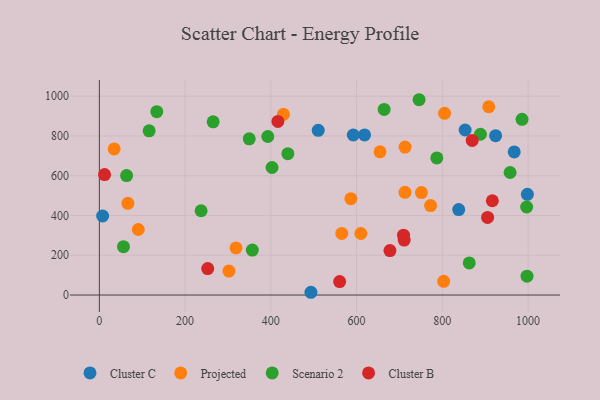
{"axis": {"x": "Engine Size", "y": "Yield"}, "legend": ["Cluster B", "Cluster C", "Projected", "Scenario 2"], "data": [{"x": "967.7", "y": 719.8, "type": "Cluster C"}, {"x": "838.2", "y": 429.6, "type": "Cluster C"}, {"x": "618.6", "y": 805.3, "type": "Cluster C"}, {"x": "7.6", "y": 397.4, "type": "Cluster C"}, {"x": "998.4", "y": 506.7, "type": "Cluster C"}, {"x": "493.5", "y": 13.8, "type": "Cluster C"}, {"x": "853.2", "y": 830.0, "type": "Cluster C"}, {"x": "510.5", "y": 828.5, "type": "Cluster C"}, {"x": "592.3", "y": 804.9, "type": "Cluster C"}, {"x": "924.3", "y": 801.5, "type": "Cluster C"}, {"x": "803.2", "y": 68.8, "type": "Projected"}, {"x": "34.5", "y": 735.0, "type": "Projected"}, {"x": "302.3", "y": 120.4, "type": "Projected"}, {"x": "318.7", "y": 236.9, "type": "Projected"}, {"x": "565.5", "y": 309.7, "type": "Projected"}, {"x": "712.9", "y": 516.5, "type": "Projected"}, {"x": "805.3", "y": 914.0, "type": "Projected"}, {"x": "66.5", "y": 461.1, "type": "Projected"}, {"x": "90.8", "y": 329.5, "type": "Projected"}, {"x": "654.7", "y": 720.5, "type": "Projected"}, {"x": "772.6", "y": 450.0, "type": "Projected"}, {"x": "908.3", "y": 947.1, "type": "Projected"}, {"x": "751.3", "y": 515.1, "type": "Projected"}, {"x": "429.4", "y": 909.2, "type": "Projected"}, {"x": "586.7", "y": 484.5, "type": "Projected"}, {"x": "713.1", "y": 744.4, "type": "Projected"}, {"x": "610.0", "y": 309.5, "type": "Projected"}, {"x": "997.6", "y": 95.0, "type": "Scenario 2"}, {"x": "439.7", "y": 711.0, "type": "Scenario 2"}, {"x": "996.7", "y": 442.8, "type": "Scenario 2"}, {"x": "958.1", "y": 616.4, "type": "Scenario 2"}, {"x": "56.3", "y": 243.4, "type": "Scenario 2"}, {"x": "664.3", "y": 933.7, "type": "Scenario 2"}, {"x": "237.3", "y": 423.9, "type": "Scenario 2"}, {"x": "787.2", "y": 689.4, "type": "Scenario 2"}, {"x": "133.9", "y": 922.2, "type": "Scenario 2"}, {"x": "888.9", "y": 808.8, "type": "Scenario 2"}, {"x": "265.4", "y": 871.3, "type": "Scenario 2"}, {"x": "349.6", "y": 785.6, "type": "Scenario 2"}, {"x": "116.1", "y": 826.2, "type": "Scenario 2"}, {"x": "392.9", "y": 797.3, "type": "Scenario 2"}, {"x": "63.5", "y": 600.7, "type": "Scenario 2"}, {"x": "402.8", "y": 641.5, "type": "Scenario 2"}, {"x": "862.8", "y": 161.2, "type": "Scenario 2"}, {"x": "745.8", "y": 982.4, "type": "Scenario 2"}, {"x": "356.8", "y": 226.1, "type": "Scenario 2"}, {"x": "985.9", "y": 883.6, "type": "Scenario 2"}, {"x": "12.1", "y": 606.1, "type": "Cluster B"}, {"x": "869.7", "y": 777.6, "type": "Cluster B"}, {"x": "711.0", "y": 276.6, "type": "Cluster B"}, {"x": "416.4", "y": 873.2, "type": "Cluster B"}, {"x": "560.5", "y": 67.7, "type": "Cluster B"}, {"x": "252.7", "y": 132.8, "type": "Cluster B"}, {"x": "709.5", "y": 301.2, "type": "Cluster B"}, {"x": "905.6", "y": 390.5, "type": "Cluster B"}, {"x": "677.8", "y": 223.8, "type": "Cluster B"}, {"x": "916.7", "y": 474.1, "type": "Cluster B"}]}